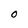
Character: 0